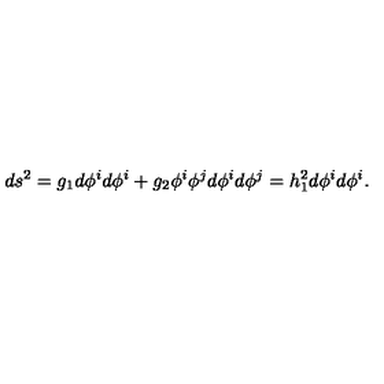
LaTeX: d s ^ { 2 } = g _ { 1 } d \phi ^ { i } d \phi ^ { i } + g _ { 2 } \phi ^ { i } \phi ^ { j } d \phi ^ { i } d \phi ^ { j } = h _ { 1 } ^ { 2 } d \phi ^ { i } d \phi ^ { i } .